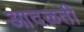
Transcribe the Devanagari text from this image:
आदळती